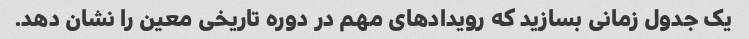
یک جدول زمانی بسازید که رویدادهای مهم در دوره تاریخی معین را نشان دهد.